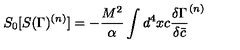
S _ { 0 } [ S ( \Gamma ) ^ { ( n ) } ] = - { \frac { M ^ { 2 } } { \alpha } } \int d ^ { 4 } x c { \frac { \delta { \Gamma } } { \delta \bar { c } } } ^ { ( n ) }